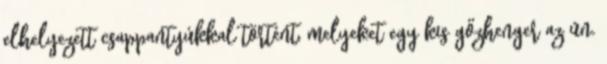
elhelyezett csappantyúkkal történt, melyeket egy kis gőzhenger az ún.